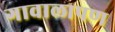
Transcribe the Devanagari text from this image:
गावालापण